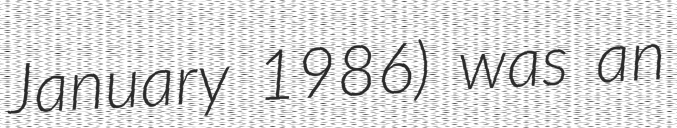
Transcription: January 1986) was an